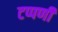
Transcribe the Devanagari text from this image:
टप्पणी